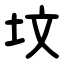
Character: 坟